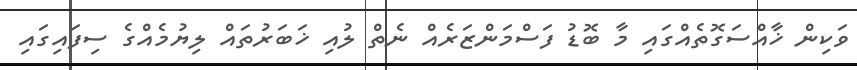
ވަކިން ޚާއްސަގޮތެއްގައި މާ ބޮޑު ފަސްމަންޒަރެއް ނެތް ލުއި ޚަބަރުތައް ލިޔުމެއްގެ ސިފައިގައި